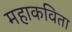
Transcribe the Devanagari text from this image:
महाकविता